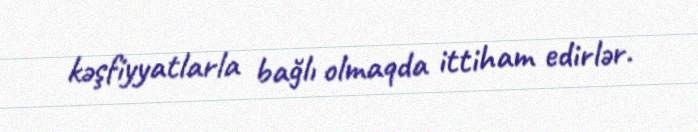
kəşfiyyatlarla bağlı olmaqda ittiham edirlər.